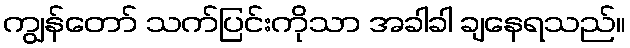
ကျွန်တော် သက်ပြင်းကိုသာ အခါခါ ချနေရသည်။